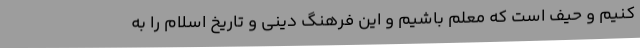
کنیم و حیف است که معلم باشیم و این فرهنگ دینی و تاریخ اسلام را به